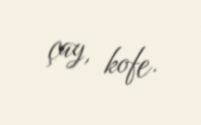
çay, kofe.